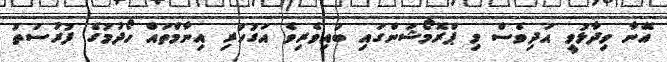
އޭނާ ވިދާޅުވީ އަދިވެސް މި ޕްރޮމޯޝަންގައި ބައިވެރިވެ އަގުހުރި އިނާމްތައް ހޯދުމުގެ ފުރުސަތު